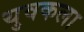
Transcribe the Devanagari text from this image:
युवकला